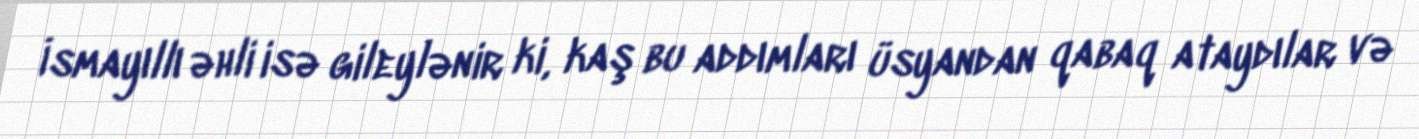
İsmayıllı əhli isə gileylənir ki, kaş bu addımları üsyandan qabaq ataydılar və